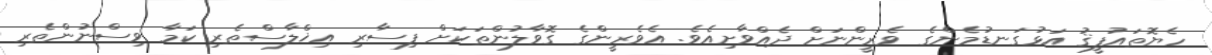
ހެޔޮތައުފީޤު އަޅުގަނޑުމެންގެ ވެރީންނަށް ދެއްވާށިއެވެ. އެވެރީންގެ ގޮވާލުންތަކަށް ފިސާރި އިޚްލާސްތެރި ކަމާ ވިސްނުންތެރި